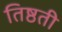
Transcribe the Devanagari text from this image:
तिष्ठती